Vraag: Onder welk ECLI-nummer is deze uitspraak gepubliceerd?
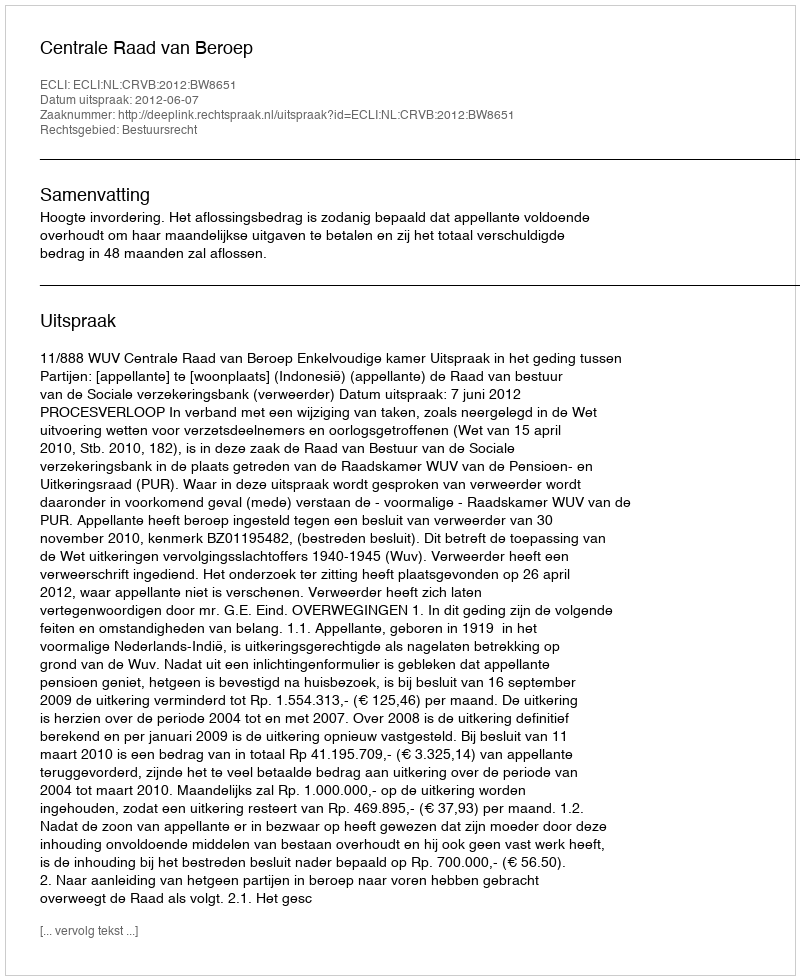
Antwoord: ECLI:NL:CRVB:2012:BW8651